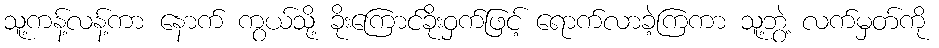
သူ့ကန့်လန့်ကာ နောက် ကွယ်သို့ ခိုးကြောင်ခိုးဝှက်ဖြင့် ရောက်လာခဲ့ကြကာ သူ့ဘွဲ့ လက်မှတ်ကို